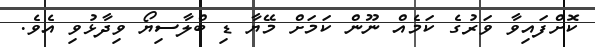
ކޮށްފައިވާ ވަރުގެ ކަމެއް ނޫން ކަމަށް މޭޔާ ޑި ބްލާސިޔޯ ވިދާޅުވި އެވެ.